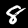
Digit: 8